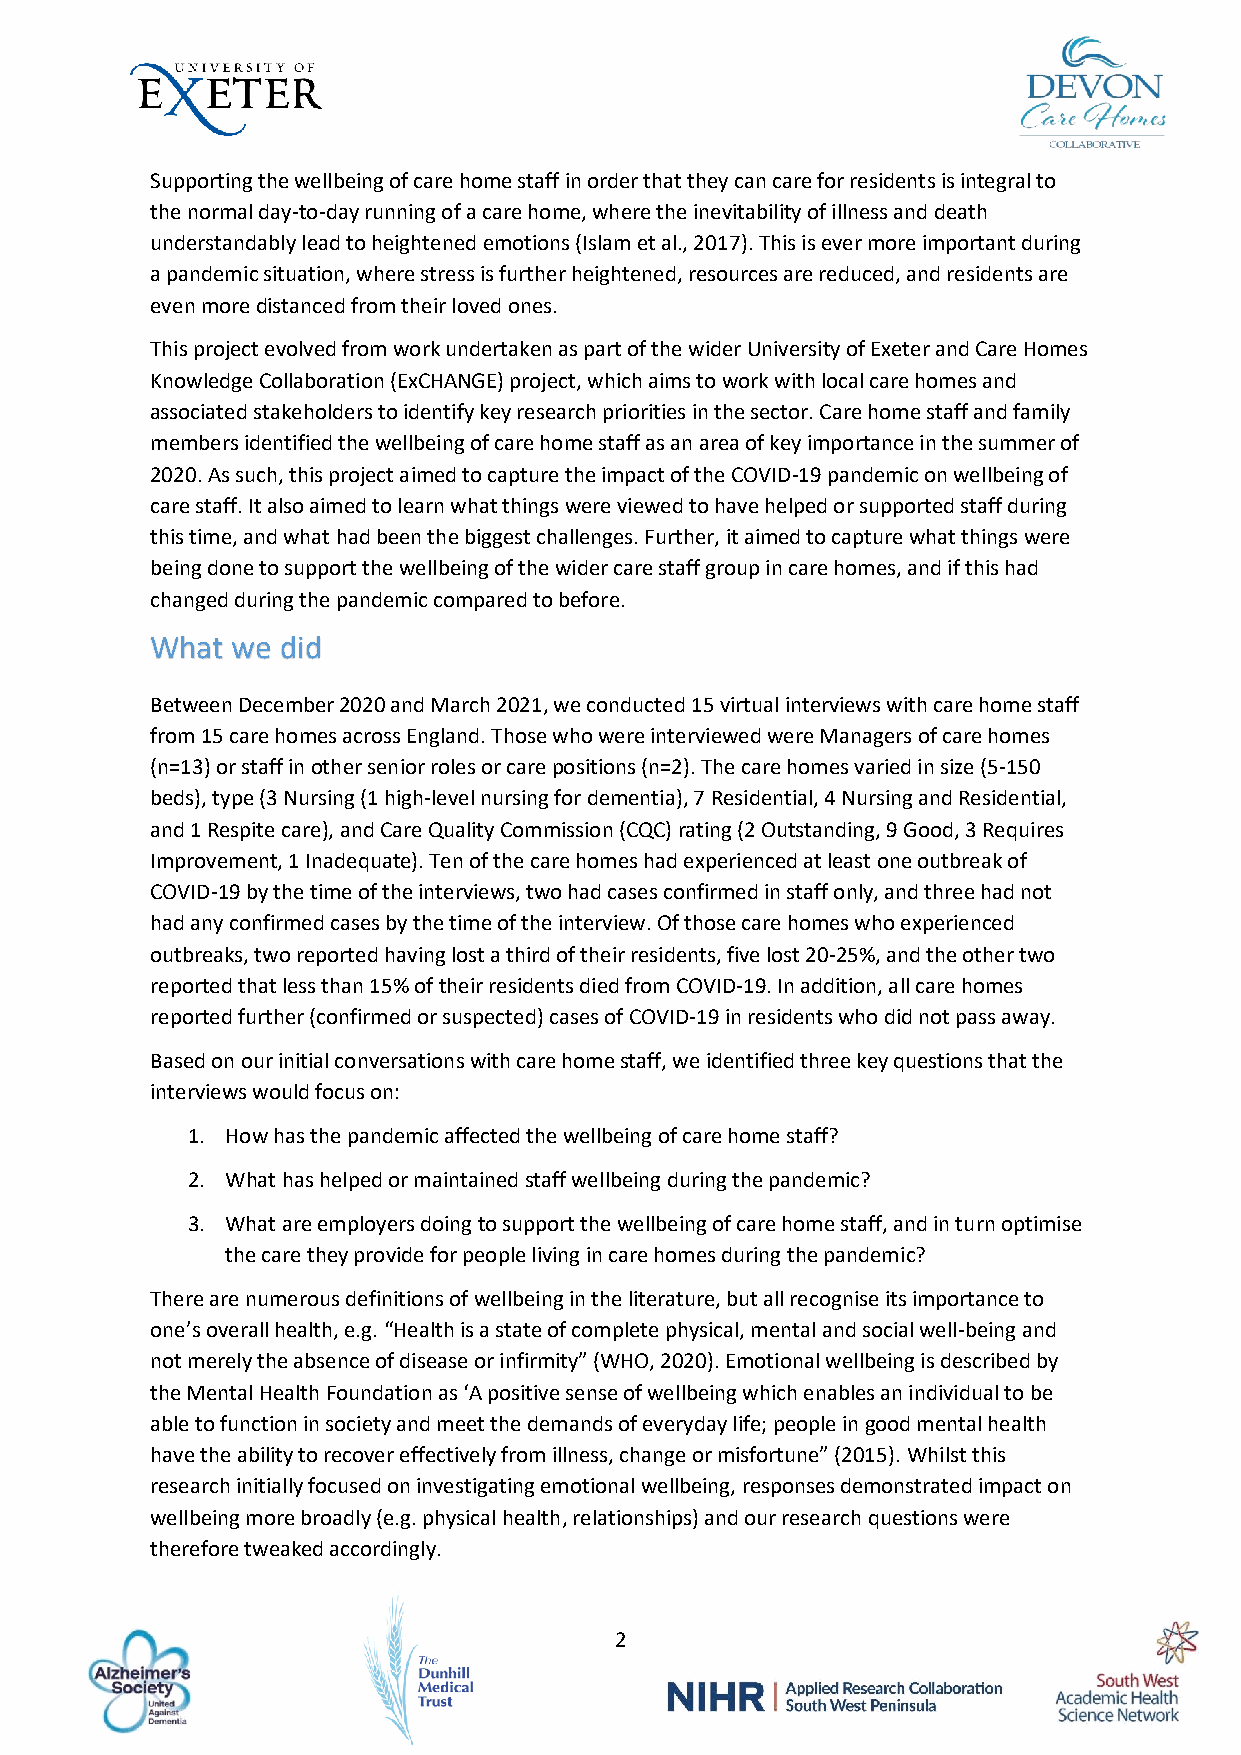
Supporting the wellbeing of care home staff in order that they can care for residents is integral to
 the normal day-to-day running of a care home, where the inevitability of illness and death
 understandably lead to heightened emotions (Islam et al., 2017). This is ever more important during
 a pandemic situation, where stress is further heightened, resources are reduced, and residents are
 even more distanced from their loved ones.
 This project evolved from work undertaken as part of the wider University of Exeter and Care Homes
 Knowledge Collaboration (ExCHANGE) project, which aims to work with local care homes and
 associated stakeholders to identify key research priorities in the sector. Care home staff and family
 members identified the wellbeing of care home staff as an area of key importance in the summer of
 2020. As such, this project aimed to capture the impact of the COVID-19 pandemic on wellbeing of
 care staff. It also aimed to learn what things were viewed to have helped or supported staff during
 this time, and what had been the biggest challenges. Further, it aimed to capture what things were
 being done to support the wellbeing of the wider care staff group in care homes, and if this had
 changed during the pandemic compared to before.
 What we  did
 Between December 2020 and March 2021, we conducted 15 virtual interviews with care home staff
 from 15 care homes across England. Those who were interviewed were Managers of care homes
 (n=13) or staff in other senior roles or care positions (n=2). The care homes varied in size (5-150
 beds), type (3 Nursing (1 high-level nursing for dementia), 7 Residential, 4 Nursing and Residential,
 and 1 Respite care), and Care Quality Commission (CQC) rating (2 Outstanding, 9 Good, 3 Requires
 Improvement, 1 Inadequate). Ten of the care homes had experienced at least one outbreak of
 COVID-19 by the time of the interviews, two had cases confirmed in staff only, and three had not
 had any confirmed cases by the time of the interview. Of those care homes who experienced
 outbreaks, two reported having lost a third of their residents, five lost 20-25%, and the other two
 reported that less than 15% of their residents died from COVID-19. In addition, all care homes
 reported further (confirmed or suspected) cases of COVID-19 in residents who did not pass away.
 Based on our initial conversations with care home staff, we identified three key questions that the
 interviews would focus on:
 1. How has the pandemic affected the wellbeing of care home staff?
 2. What has helped or maintained staff wellbeing during the pandemic?
 3. What are employers doing to support the wellbeing of care home staff, and in turn optimise
 the care they provide for people living in care homes during the pandemic?
 There are numerous definitions of wellbeing in the literature, but all recognise its importance to
 one’s overall health, e.g. “Health is a state of complete physical, mental and social well-being and
 not merely the absence of disease or infirmity” (WHO, 2020). Emotional wellbeing is described by
 the Mental Health Foundation as ‘A positive sense of wellbeing which enables an individual to be
 able to function in society and meet the demands of everyday life; people in good mental health
 have the ability to recover effectively from illness, change or misfortune” (2015). Whilst this
 research initially focused on investigating emotional wellbeing, responses demonstrated impact on
 wellbeing more broadly (e.g. physical health, relationships) and our research questions were
 therefore tweaked accordingly.
 2